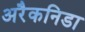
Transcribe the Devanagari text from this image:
अरैकनिडा